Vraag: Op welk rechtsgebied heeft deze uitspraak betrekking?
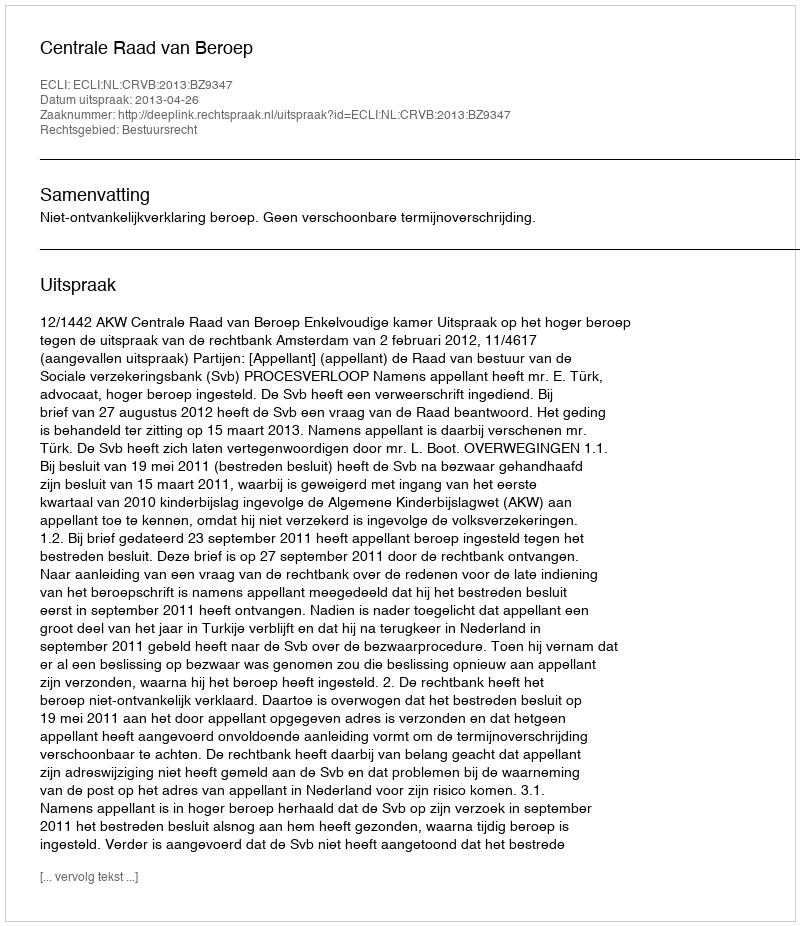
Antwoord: Bestuursrecht